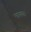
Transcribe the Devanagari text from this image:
भास्कर।